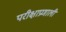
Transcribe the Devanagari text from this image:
परीक्षाप्रणाली